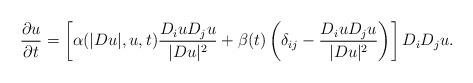
LaTeX: \begin{align*}\frac{\partial u}{\partial t}=\left[\alpha(|D u|,u, t)\frac{D_iu D_ju}{|Du|^2}+ \beta(t)\left(\delta_{ij}-\frac{D_iu D_ju}{|Du|^2}\right)\right]D_iD_ju .\end{align*}